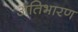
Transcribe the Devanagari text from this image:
अतिभारण